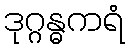
ဒုဂ္ဂန္ဓကရံ